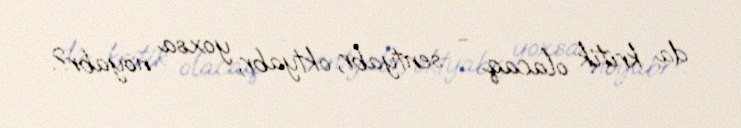
da kritik olacaq - sentyabr, oktyabr, yoxsa noyabr?.